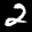
Digit: 2